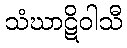
သံဃာဋိဝါသီ